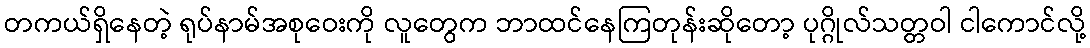
တကယ်ရှိနေတဲ့ ရုပ်နာမ်အစုဝေးကို လူတွေက ဘာထင်နေကြတုန်းဆိုတော့ ပုဂ္ဂိုလ်သတ္တဝါ ငါကောင်လို့